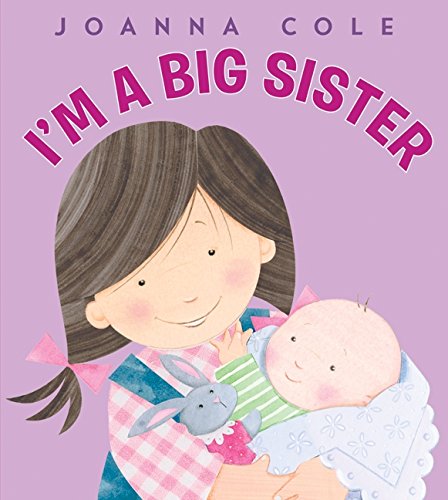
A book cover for I'm a Big Sister; Joanna Cole; Children's Books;